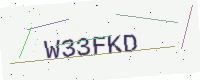
Text: W33FKD